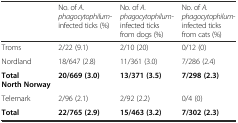
<table><thead><tr><td></td><td><b>No. of <i>A. phagocytophilum-</i>infected ticks (%)</b></td><td><b>No. of <i>A. phagocytophilum-</i>infected ticks from dogs (%)</b></td><td><b>No. of <i>A.</i><i>phagocytophilum</i>-infected ticks from cats (%)</b></td></tr></thead><tbody><tr><td>Troms</td><td>2/22 (9.1)</td><td>2/10 (20)</td><td>0/12 (0)</td></tr><tr><td>Nordland</td><td>18/647 (2.8)</td><td>11/361 (3.0)</td><td>7/286 (2.4)</td></tr><tr><td><b>Total North Norway</b></td><td><b>20/669 (3.0)</b></td><td><b>13/371 (3.5)</b></td><td><b>7/298 (2.3)</b></td></tr><tr><td>Telemark</td><td>2/96 (2.1)</td><td>2/92 (2.2)</td><td>0/4 (0)</td></tr><tr><td><b>Total</b></td><td><b>22/765 (2.9)</b></td><td><b>15/463 (3.2)</b></td><td><b>7/302 (2.3)</b></td></tr></tbody></table>